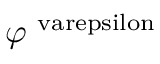
\varphi ^ { \mathrm { \ v a r e p s i l o n } }